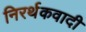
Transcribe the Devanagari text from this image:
निरर्थकवादी